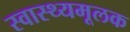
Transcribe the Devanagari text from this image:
स्वास्थ्यमूलक